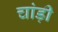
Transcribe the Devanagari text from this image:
चांड़ी